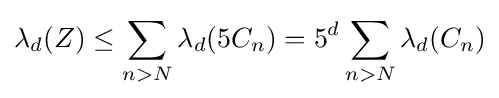
\lambda _{d}(Z)\leq \sum _{n>N}\lambda _{d}(5C_{n})=5^{d}\sum _{n>N}\lambda _{d}(C_{n})